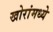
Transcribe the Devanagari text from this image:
खोरांमध्ये